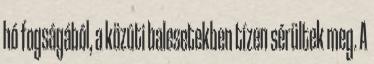
hó fogságából, a közúti balesetekben tízen sérültek meg. A